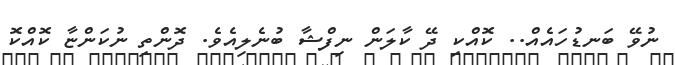
ނުވޭ ބަނޑުހައެއް.. ކޮއްކި ދޭ ކާލަން ނިފްޝާ ބުނެލިއެވެ. ދޮންތި ނުކަންޏާ ކޮއްކޮ